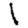
Digit: 1